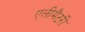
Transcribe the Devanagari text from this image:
एलीमैंटरी